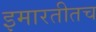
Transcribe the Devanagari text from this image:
इमारतीतच